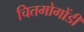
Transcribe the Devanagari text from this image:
चितमोगोंडी